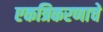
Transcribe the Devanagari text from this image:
एकत्रिकरणाचे